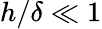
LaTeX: h/\delta\ll 1